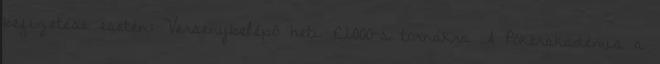
befizetése esetén: Versenybelépő heti €2000-s tornákra A Pókerakadémia a